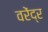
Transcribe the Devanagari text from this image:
वरेंद्र